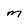
Character: M